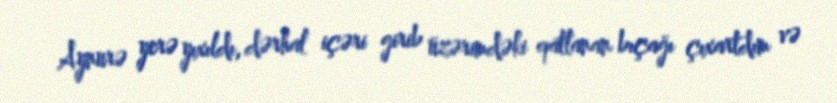
Aynurə yerə yıxıldı, dərhal içəri girib üzərimdəki qatlanan bıçağı çıxartdım və